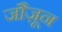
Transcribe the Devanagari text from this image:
जौज़ून